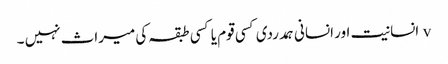
v	انسانیت اور انسانی ہمدردی کسی قوم یا کسی طبقہ کی میراث نہیں ۔